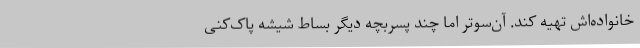
خانواده‌اش تهیه کند. آن‌سوتر اما چند پسربچه دیگر بساط شیشه پاک‌کنی